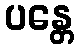
ပန္တေ